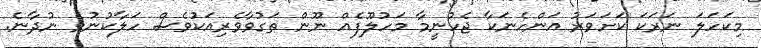
މިކަހަލަ ނަރަކަ ކަށަވަރު އަންހެނަކާ ޖެހުނީމާ މަހުލޫފެއް ނޫން ތަގުވާވެރިއަކުވެސް ހަލާކުނުވެ ނުދާނެ.